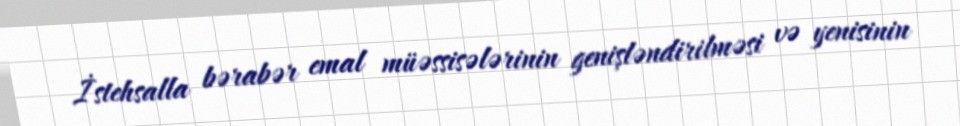
İstehsalla bərabər emal müəssisələrinin genişləndirilməsi və yenisinin